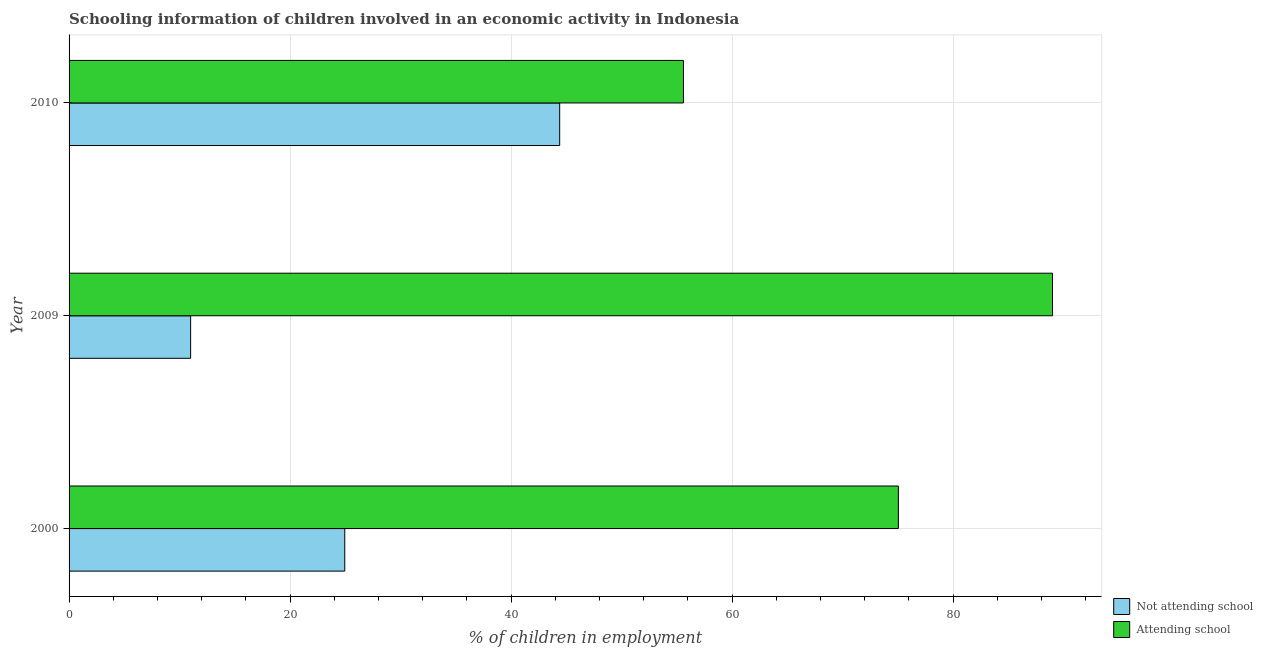
| Year | Not attending school | Attending school |
 | --- | --- | --- |
 | 2000 | 24.9 | 75.1 |
 | 2009 | 11 | 89 |
 | 2010 | 44.4 | 55.6 |